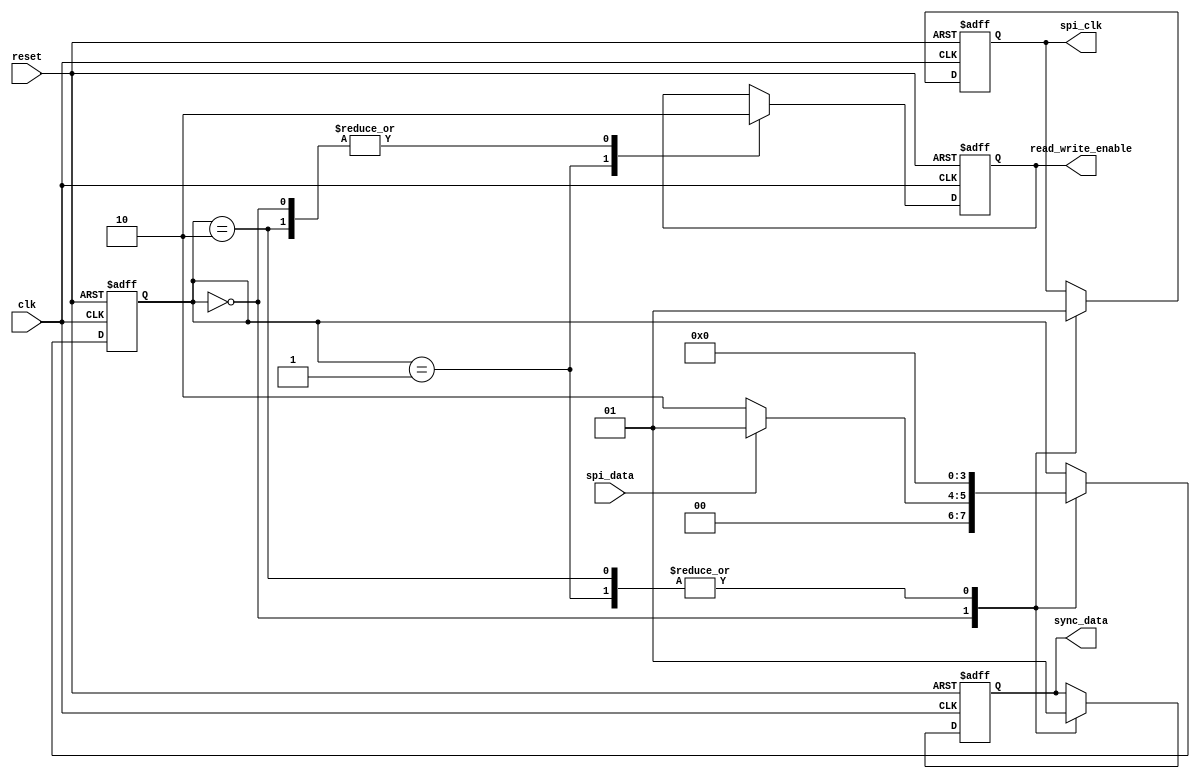
module SPI_Timing_Control_Sync(
    input wire reset,
    input wire clk,
    output reg spi_clk,
    input wire spi_data,
    output reg sync_data,
    output reg read_write_enable
);

reg [3:0] state;

parameter S_IDLE = 4'b0000;
parameter S_READ = 4'b0001;
parameter S_WRITE = 4'b0010;

always @(posedge clk or posedge reset) begin
    if (reset) begin
        state <= S_IDLE;
        spi_clk <= 0;
        sync_data <= 0;
        read_write_enable <= 0;
    end else begin
        case(state)
            S_IDLE: begin
                state <= spi_data ? S_READ : S_WRITE;
                spi_clk <= 0;
                sync_data <= 0;
                read_write_enable <= 0;
            end
            S_READ: begin
                state <= S_IDLE;
                spi_clk <= 1;
                sync_data <= 1;
                read_write_enable <= 1;
            end
            S_WRITE: begin
                state <= S_IDLE;
                spi_clk <= 1;
                sync_data <= 1;
                read_write_enable <= 0;
            end
        endcase
    end
end

endmodule